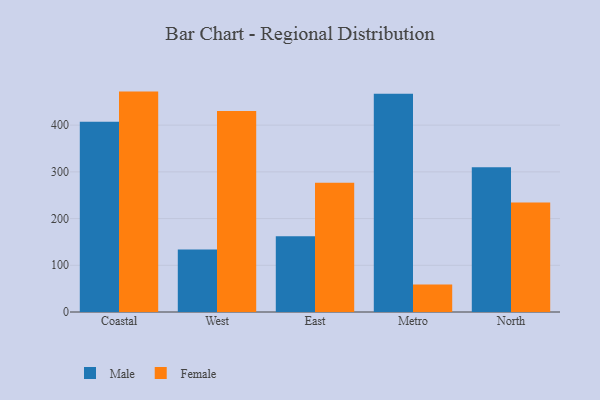
{"axis": {"x": "Region", "y": "Satisfaction Score"}, "legend": ["Female", "Male"], "data": [{"x": "Coastal", "y": 407.4, "type": "Male"}, {"x": "Coastal", "y": 471.8, "type": "Female"}, {"x": "West", "y": 133.8, "type": "Male"}, {"x": "West", "y": 430.5, "type": "Female"}, {"x": "East", "y": 162.1, "type": "Male"}, {"x": "East", "y": 276.8, "type": "Female"}, {"x": "Metro", "y": 467.0, "type": "Male"}, {"x": "Metro", "y": 58.9, "type": "Female"}, {"x": "North", "y": 309.6, "type": "Male"}, {"x": "North", "y": 234.2, "type": "Female"}]}